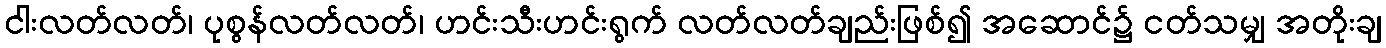
ငါးလတ်လတ်၊ ပုစွန်လတ်လတ်၊ ဟင်းသီးဟင်းရွက် လတ်လတ်ချည်းဖြစ်၍ အဆောင်၌ ငတ်သမျှ အတိုးချ